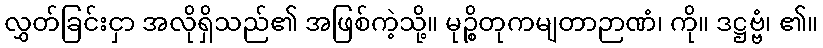
လွှတ်ခြင်းငှာ အလိုရှိသည်၏ အဖြစ်ကဲ့သို့။ မုဉ္စိတုကမျတာဉာဏံ၊ ကို။ ဒဋ္ဌဗ္ဗံ၊ ၏။